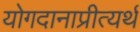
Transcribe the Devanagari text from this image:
योगदानाप्रीत्यर्थ